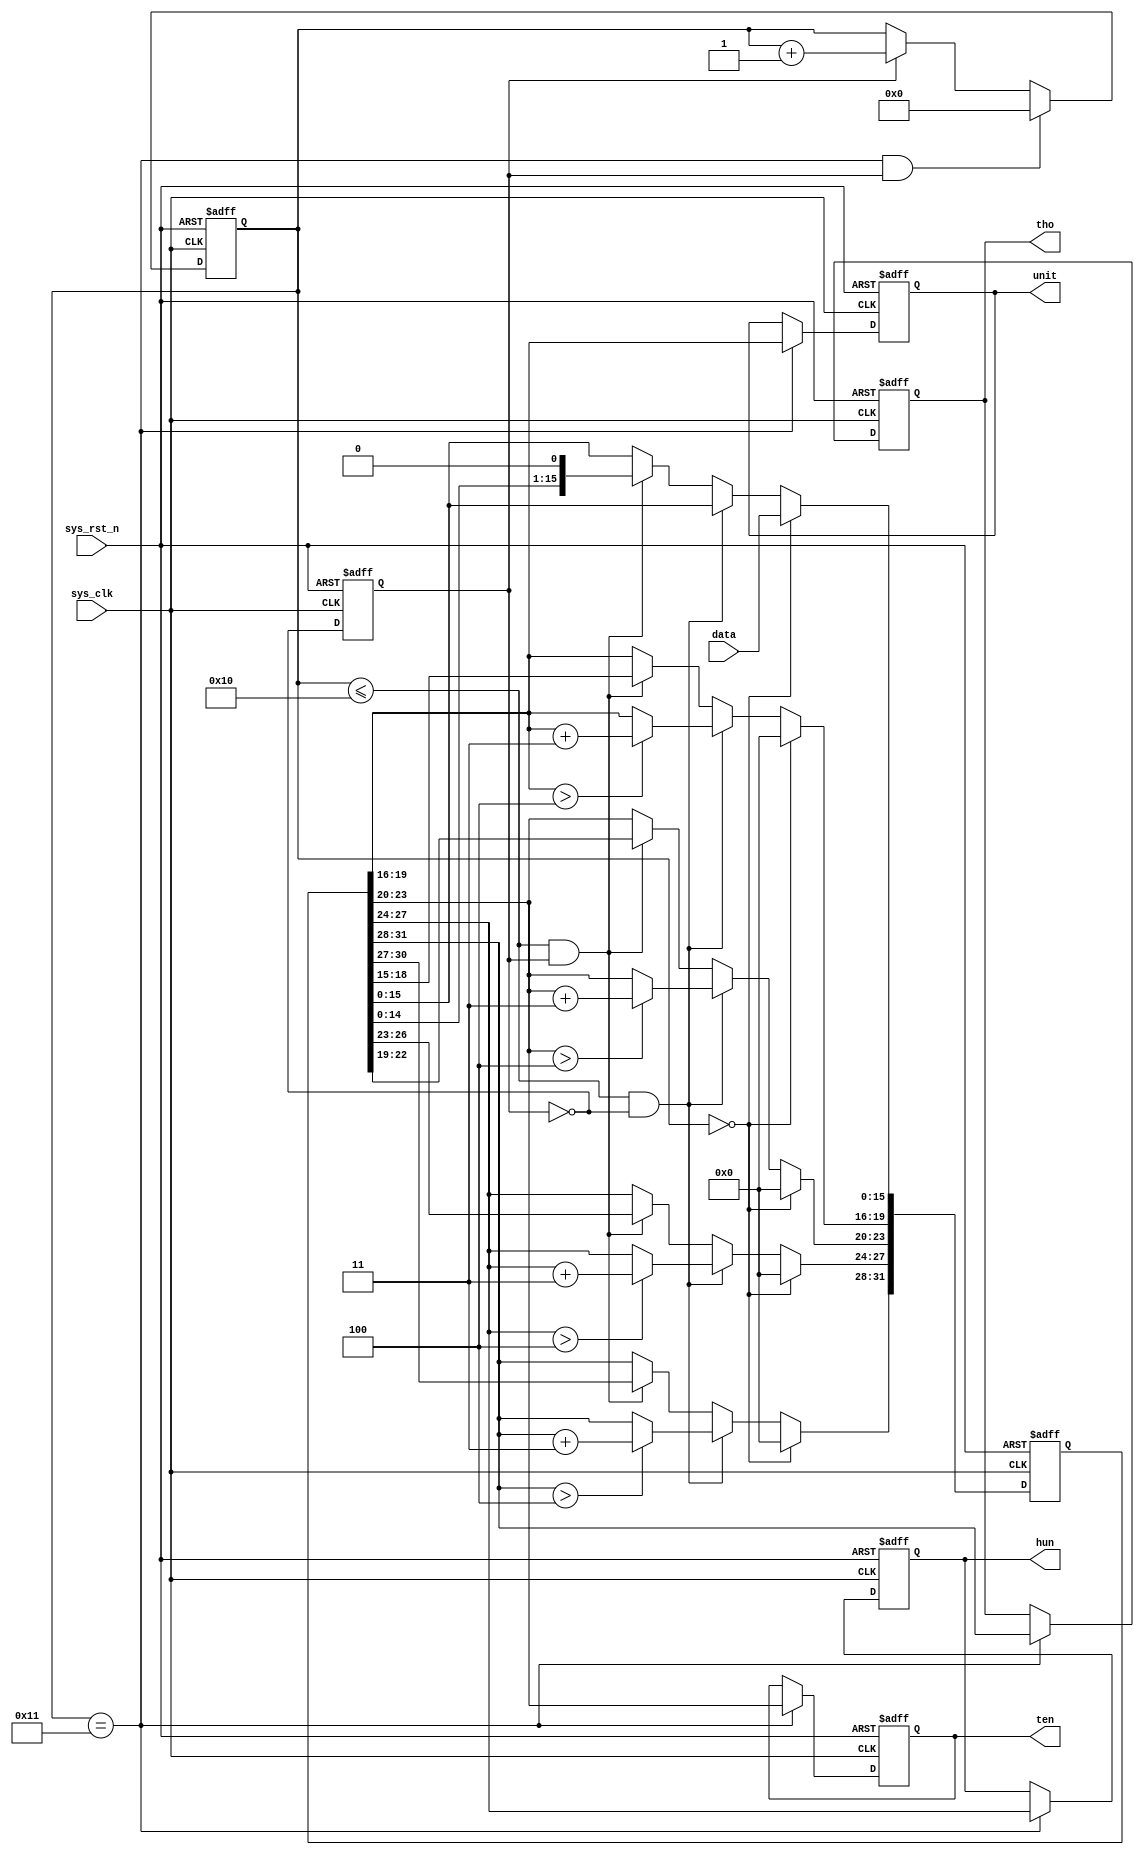
`timescale  1ns/1ns
module  bcd_8421
(
    input   wire            sys_clk     ,   //50MHz
    input   wire            sys_rst_n   ,   //
    input   wire    [15:0]  data        ,   //
	
    output  reg     [3:0]   unit        ,   //BCD
    output  reg     [3:0]   ten         ,   //BCD
    output  reg     [3:0]   hun         ,   //BCD
    output  reg     [3:0]   tho            //BCD
);

//********************************************************************//
//******************** Parameter And Internal Signal *****************//
//********************************************************************//
//reg   define
reg     [4:0]   cnt_shift   ;   //
reg     [31:0]  data_shift  ;   // 84214*4=16
reg             shift_flag  ;   //

//********************************************************************//
//***************************** Main Code ****************************//
//********************************************************************//

//cnt_shift:016+1
always@(posedge sys_clk or negedge sys_rst_n)
    if(sys_rst_n == 1'b0)
        cnt_shift   <=  5'd0;
    else    if((cnt_shift == 5'd17) && (shift_flag == 1'b1))
        cnt_shift   <=  5'd0;
    else    if(shift_flag == 1'b1)
        cnt_shift   <=  cnt_shift + 1'b1;
    else
        cnt_shift   <=  cnt_shift;
       
//data_shift01~20
always@(posedge sys_clk or negedge sys_rst_n)
    if(sys_rst_n == 1'b0)
        data_shift  <=  32'b0;
    else    if(cnt_shift == 5'd0)
        data_shift  <=  {16'b0,data};    //{16b0 , 16'bxxxxxx}
    else    if((cnt_shift <= 16) && (shift_flag == 1'b0))
        begin
            data_shift[19:16]   <=  (data_shift[19:16] > 4) ? (data_shift[19:16] + 2'd3) : (data_shift[19:16]);
            data_shift[23:20]   <=  (data_shift[23:20] > 4) ? (data_shift[23:20] + 2'd3) : (data_shift[23:20]);
            data_shift[27:24]   <=  (data_shift[27:24] > 4) ? (data_shift[27:24] + 2'd3) : (data_shift[27:24]);
			data_shift[31:28]   <=  (data_shift[31:28] > 4) ? (data_shift[31:28] + 2'd3) : (data_shift[31:28]);
        end
    else    if((cnt_shift <= 16) && (shift_flag == 1'b1))
        data_shift  <=  data_shift << 1;
    else
        data_shift  <=  data_shift;

//shift_flag
always@(posedge sys_clk or negedge sys_rst_n)
    if(sys_rst_n == 1'b0)
        shift_flag  <=  1'b0;
    else
        shift_flag  <=  ~shift_flag;

//20BCD
always@(posedge sys_clk or negedge sys_rst_n)
    if(sys_rst_n == 1'b0)
        begin
            unit    <=  4'b0;
            ten     <=  4'b0;   
            hun     <=  4'b0;
            tho     <=  4'b0;
        end
    else    if(cnt_shift == 5'd17)
        begin
            unit    <=  data_shift[19:16];
            ten     <=  data_shift[23:20];
            hun     <=  data_shift[27:24];
			tho     <=  data_shift[31:28];
        end

endmodule